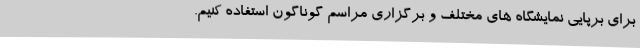
برای برپایی نمایشگاه های مختلف و برگزاری مراسم گوناگون استفاده کنیم.